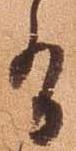
有